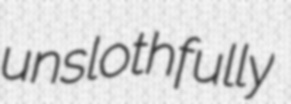
unslothfully